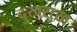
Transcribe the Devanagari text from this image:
दुखसुख